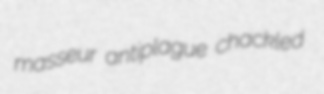
masseur antiplague chackled